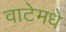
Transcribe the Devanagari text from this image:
वाटेमधे